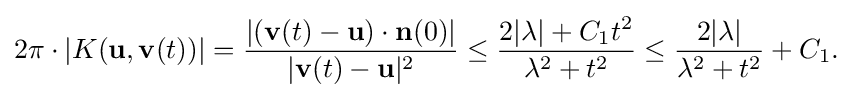
\displaystyle {2\pi \cdot |K(\mathbf {u} ,\mathbf {v} (t))|={|(\mathbf {v} (t)-\mathbf {u} )\cdot \mathbf {n} (0)| \over |\mathbf {v} (t)-\mathbf {u} |^{2}}\leq {2|\lambda |+C_{1}t^{2} \over \lambda ^{2}+t^{2}}\leq {2|\lambda | \over \lambda ^{2}+t^{2}}+C_{1}.}